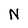
Character: N